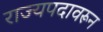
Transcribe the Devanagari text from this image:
राज्यपदावरून